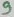
Text: 9